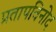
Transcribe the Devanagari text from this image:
प्रतापविनोद